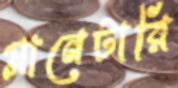
প্লানেটারি